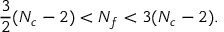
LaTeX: \frac { 3 } { 2 } ( N _ { c } - 2 ) < N _ { f } < 3 ( N _ { c } - 2 ) .